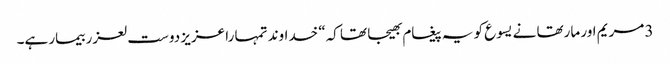
3 مریم اور مارتھا نے یسوع کو یہ پیغام بھیجا تھا کہ“ خداوند تمہا را عزیز دوست لعزر بیمار ہے۔